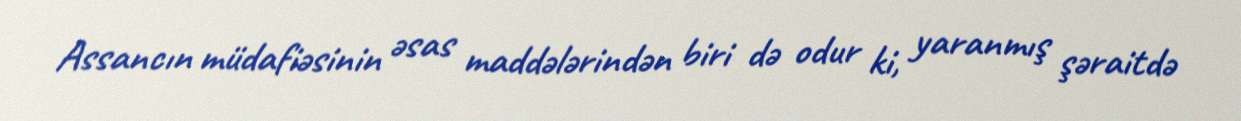
Assancın müdafiəsinin əsas maddələrindən biri də odur ki, yaranmış şəraitdə